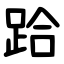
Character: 跲